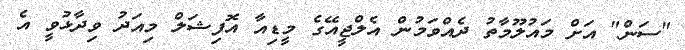
"ސަން" އަށް މައުލޫމާތު ދެއްވަމުން އެލްޖީއޭގެ މީޑިއާ އޮފިޝަލް މިއަދު ވިދާޅުވީ އެ